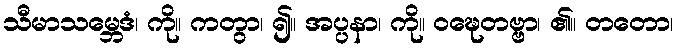
သီမာသမ္ဘေဒံ၊ ကို။ ကတွာ၊ ၍။ အပ္ပနာ၊ ကို။ ဝဍ္ဎေတဗ္ဗာ၊ ၏။ တတော၊